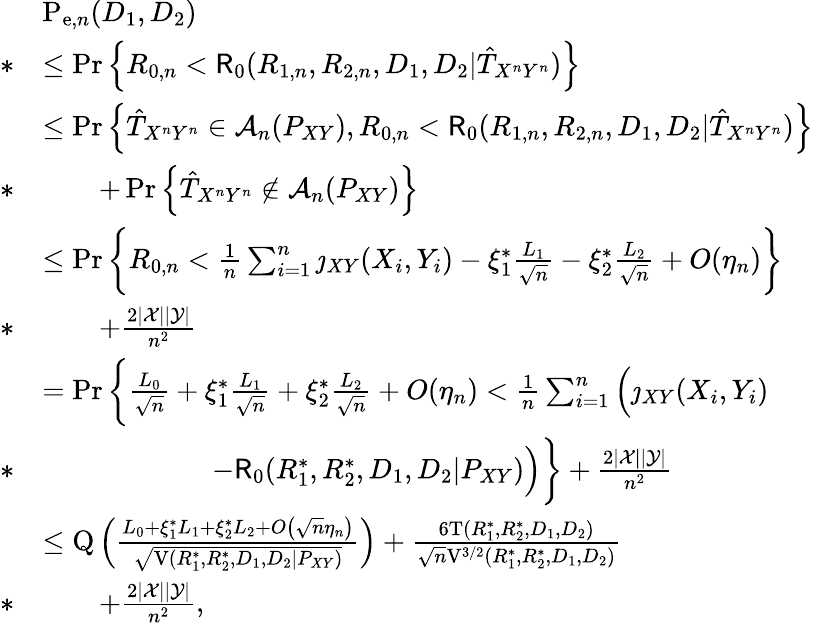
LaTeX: \begin{array}{rl}&{\mathrm{P}_{\mathrm{e},n}(D_{1},D_{2})}\\ {*}&{\leq\operatorname*{Pr}\left\{ R_{0,n}<\mathsf{R}_{0}(R_{1,n},R_{2,n},D_{1},D_{2}|\hat{T}_{X^{n}Y^{n}})\right\} }\\ &{\leq\operatorname*{Pr}\left\{ \hat{T}_{X^{n}Y^{n}}\in\mathcal{A}_{n}(P_{XY}),R_{0,n}<\mathsf{R}_{0}(R_{1,n},R_{2,n},D_{1},D_{2}|\hat{T}_{X^{n}Y^{n}})\right\} }\\ {*}&{\qquad+\operatorname*{Pr}\left\{ \hat{T}_{X^{n}Y^{n}}\notin\mathcal{A}_{n}(P_{XY})\right\} }\\ &{\leq\operatorname*{Pr}\bigg\{ R_{0,n}<\frac{1}{n}\sum_{i=1}^{n}\jmath_{XY}(X_{i},Y_{i})-\xi_{1}^{*}\frac{L_{1}}{\sqrt{n}}-\xi_{2}^{*}\frac{L_{2}}{\sqrt{n}}+O(\eta_{n})\bigg\} }\\ {*}&{\qquad+\frac{2|\mathcal{X}||\mathcal{Y}|}{n^{2}}}\\ &{=\operatorname*{Pr}\bigg\{ \frac{L_{0}}{\sqrt{n}}+\xi_{1}^{*}\frac{L_{1}}{\sqrt{n}}+\xi_{2}^{*}\frac{L_{2}}{\sqrt{n}}+O(\eta_{n})<\frac{1}{n}\sum_{i=1}^{n}\Big(\jmath_{XY}(X_{i},Y_{i})}\\ {*}&{\qquad\qquad\qquad-\mathsf{R}_{0}(R_{1}^{*},R_{2}^{*},D_{1},D_{2}|P_{XY})\Big)\bigg\} +\frac{2|\mathcal{X}||\mathcal{Y}|}{n^{2}}}\\ &{\leq\mathrm{Q}\left(\frac{L_{0}+\xi_{1}^{*}L_{1}+\xi_{2}^{*}L_{2}+O\left(\sqrt{n}\eta_{n}\right)}{\sqrt{\mathrm{V}(R_{1}^{*},R_{2}^{*},D_{1},D_{2}|P_{XY})}}\right)+\frac{6\mathrm{T}(R_{1}^{*},R_{2}^{*},D_{1},D_{2})}{\sqrt{n}\mathrm{V}^{3/2}(R_{1}^{*},R_{2}^{*},D_{1},D_{2})}}\\ {*}&{\qquad+\frac{2|\mathcal{X}||\mathcal{Y}|}{n^{2}},}\end{array}